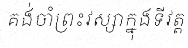
គង់ចាំព្រះវស្សាក្នុងទីវត្ត